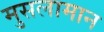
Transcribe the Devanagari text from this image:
मुसलामान